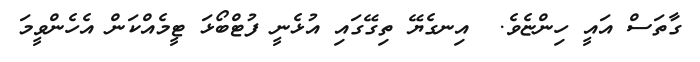
ގާތަސް އައީ ހިންޏެވެ.  އިނގެޔޭ ތިގޭގައި އުޅެނީ ފުޓްބޯޅަ ޓީމެއްކަން އެހެންވީމަ